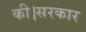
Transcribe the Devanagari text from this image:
की।सरकार